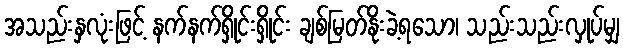
အသည်းနှလုံးဖြင့် နက်နက်ရှိုင်းရှိုင်း ချစ်မြတ်နိုးခဲ့ရသော၊ သည်းသည်းလှုပ်မျှ